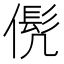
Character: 𱏍